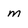
Character: m